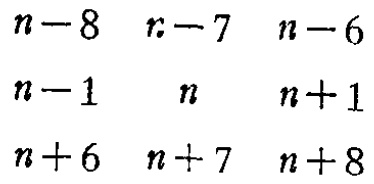
\[

\begin{array}{ccc}

n - 8 & n - 7 & n - 6 \\

n - 1 & n & n + 1 \\

n + 6 & n + 7 & n + 8

\end{array}

\]